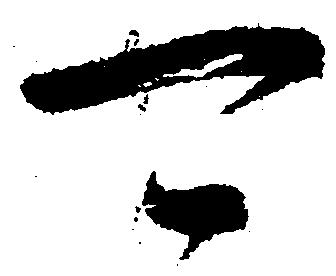
可